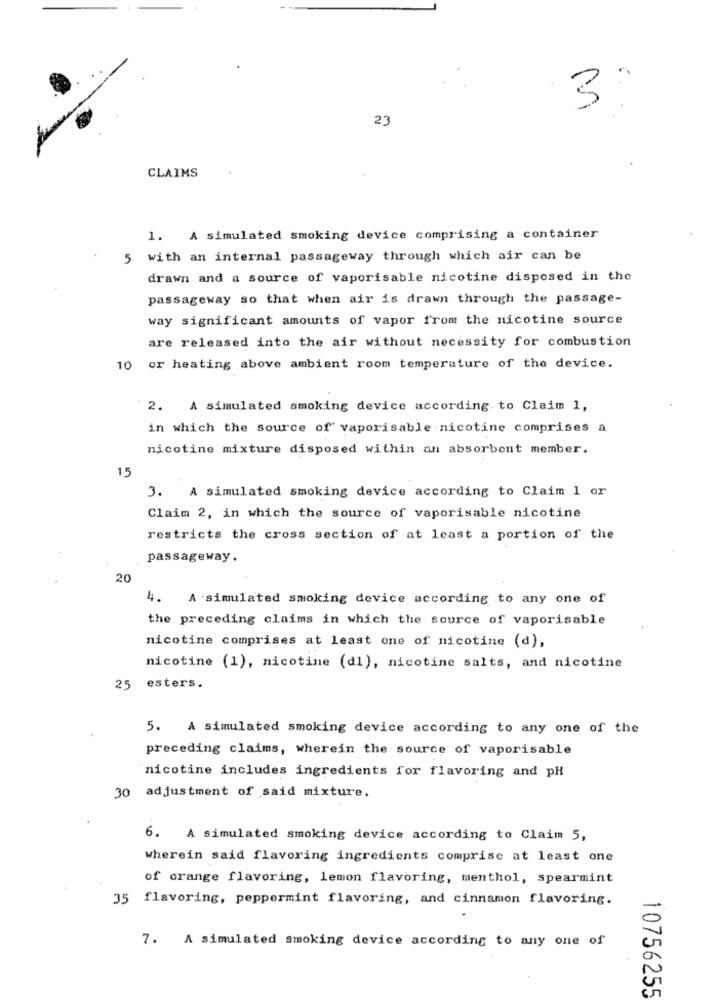
23
CLAIMS
1. A simulated smoking device comprising a container
5 with an internal passageway through which air can be
drawn and a source of vaporisable nicotine disposed in the
passageway so that when air is drawn through the passage-
way significant amounts of vapor from the nicotine source
are released into the air without necessity for combustion
10 or heating above ambient room temperature of the device.
2. A simulated smoking device according to Claim 1,
in which the source of vaporisable nicotine comprises a
nicotine mixture disposed within an absorbent member.
15
3. A simulated smoking device according to Claim 1 or
Claim 2, in which the source of vaporisable nicotine
restricts the cross section of at least a portion of the
passageway.
20
4.
A simulated smoking device according to any one of
the preceding claims in which the source of vaporisable
nicotine comprises at least one of nicotine (d),
nicotine (1), nicotine (di), nicotine salts, and nicotine
25 esters.
5. A simulated smoking device according to any one of the
preceding claims, wherein the source of vaporisable
nicotine includes ingredients for flavoring and pH
30 adjustment of said mixture.
6. A simulated smoking device according to Claim 5,
wherein said flavoring ingredients comprise at least one
of orange flavoring, lemon flavoring, menthol, spearmint
35 flavoring, peppermint flavoring, and cinnamon flavoring.
7. A simulated smoking device according to any one of
10756255